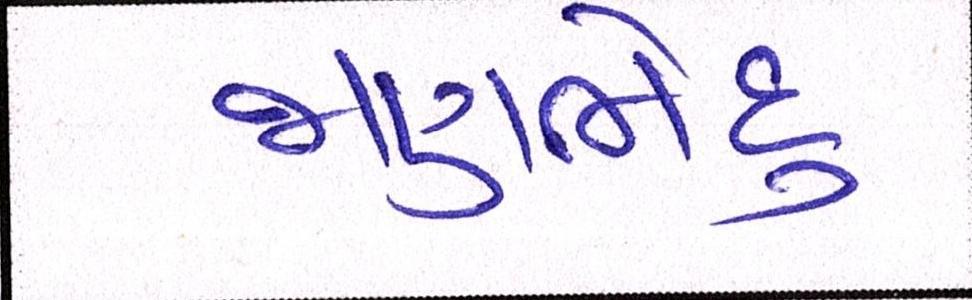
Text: જાણભેદુ